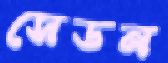
সেডন